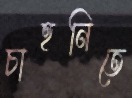
চাহনিতে